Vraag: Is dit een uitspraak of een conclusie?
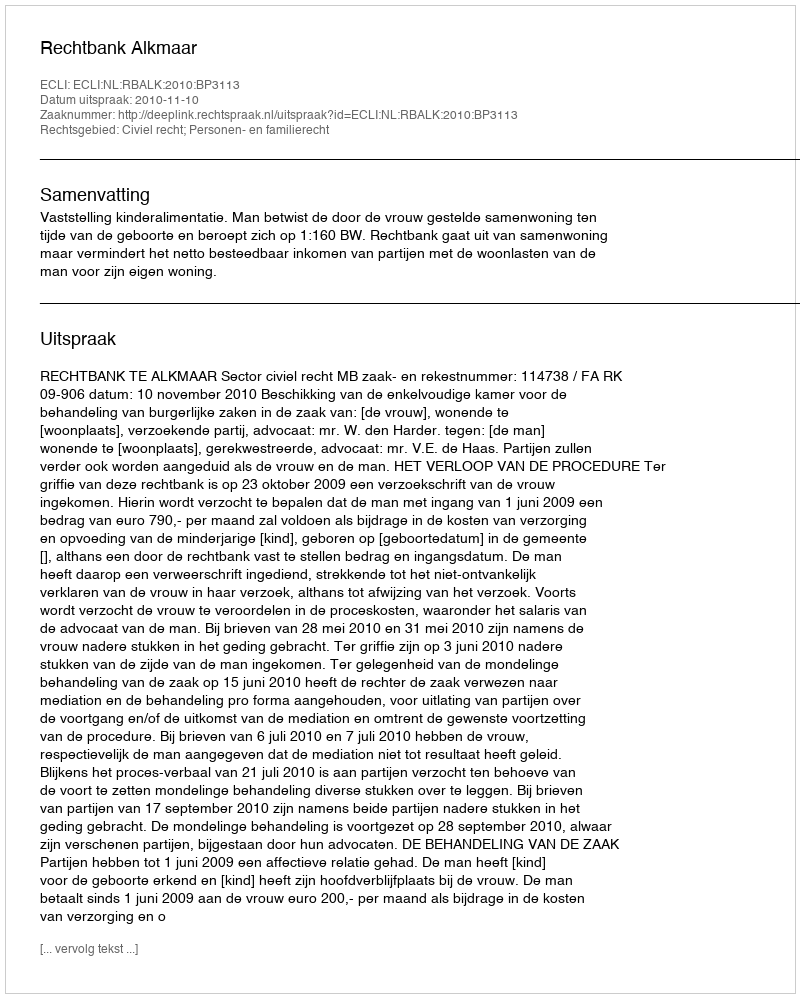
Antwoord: Uitspraak